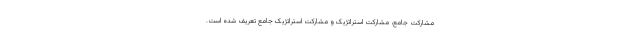
مشارکت جامع، مشارکت استراتژیک و مشارکت استراتژیک جامع تعریف شده است.